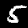
Label: 5